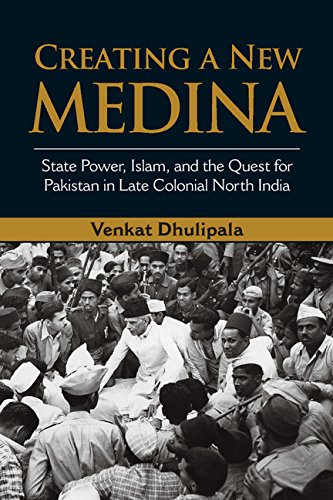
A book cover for Creating a New Medina: State Power, Islam, and the Quest for Pakistan in Late Colonial North India; Venkat Dhulipala; History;